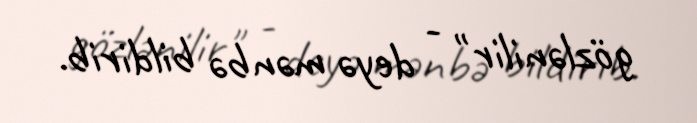
gözlənilir" - deyə mənbə bildirib.